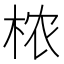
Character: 𬂰